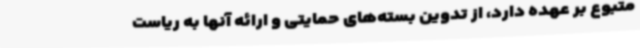
متبوع بر عهده دارد، از تدوین بسته‌های حمایتی و ارائه آنها به ریاست